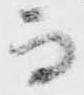
而